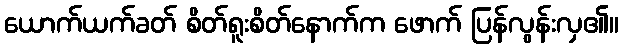
ယောက်ယက်ခတ် စိတ်ရူးစိတ်နောက်က ဖောက် ပြန်လွန်းလှ၏။